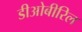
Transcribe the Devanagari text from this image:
डीओबीरिल